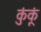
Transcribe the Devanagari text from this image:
कुंकूं